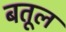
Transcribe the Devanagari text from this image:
बतूल